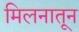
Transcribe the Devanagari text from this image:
मिलनातून